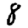
Digit: 8